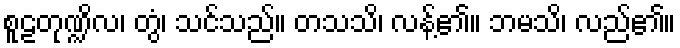
စူဠတုဏ္ဍိလ၊ တွံ၊ သင်သည်။ တသသိ၊ လန့်၏။ ဘမသိ၊ လည်၏။